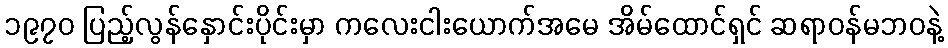
၁၉၇၀ ပြည့်လွန်နှောင်းပိုင်းမှာ ကလေးငါးယောက်အမေ အိမ်ထောင်ရှင် ဆရာဝန်မဘဝနဲ့